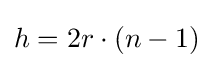
h=2r\cdot (n-1)